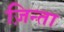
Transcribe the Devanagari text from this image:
ज़िन्ता